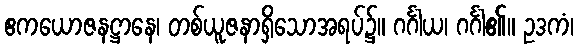
ဧကယောဇနဋ္ဌာနေ၊ တစ်ယူဇနာရှိသောအရပ်၌။ ဂင်္ဂါယ၊ ဂင်္ဂါ၏။ ဥဒကံ၊